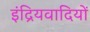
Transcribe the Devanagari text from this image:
इंद्रियवादियों